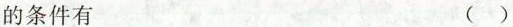
的条件有 ( )